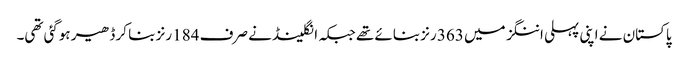
پاکستان نے اپنی پہلی اننگز میں 363 رنز بنائے تھے جبکہ انگلینڈ نے صرف 184 رنز بنا کر ڈھیر ہوگئی تھی۔